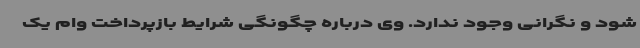
شود و نگرانی وجود ندارد. وی درباره چگونگی شرایط بازپرداخت وام یک